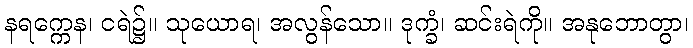
နရက္ကေန၊ ငရဲ၌။ သုယောရ၊ အလွန်သော။ ဒုက္ခံ၊ ဆင်းရဲကို။ အနုဘောတွာ၊